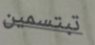
تبتسمين